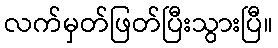
လက်မှတ်ဖြတ်ပြီးသွားပြီ။